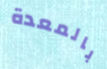
بالمعدة